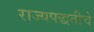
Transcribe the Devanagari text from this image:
राज्यपद्धतीचे